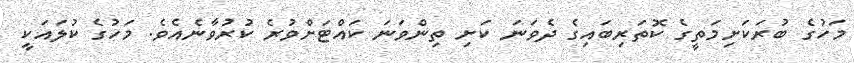
މަހުގެ ބުރަކަށިމަތީގެ ކޮތަރިބައިގެ ދެވަނަ ކަށި ތިންވަނަ ކައްޓަށްވުރެ ކުރުވާނެއެވެ. މަހުގެ ކުލައަކީ